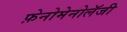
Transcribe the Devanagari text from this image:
फ़ेनोमेनोलॅजी